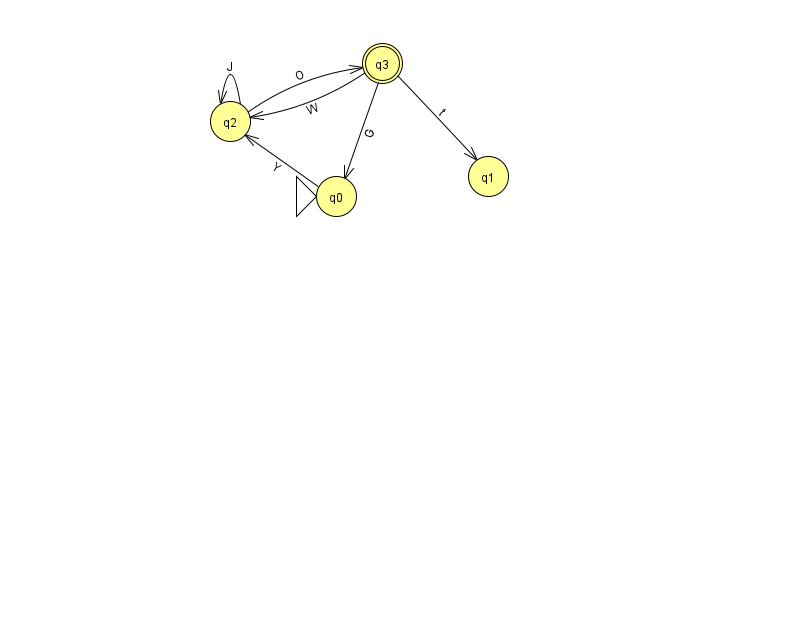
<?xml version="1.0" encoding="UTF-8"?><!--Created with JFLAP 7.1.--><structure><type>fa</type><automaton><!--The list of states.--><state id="0" name="q0"><x>336.0</x><y>183.0</y><initial/></state><state id="1" name="q1"><x>488.0</x><y>163.0</y></state><state id="2" name="q2"><x>230.0</x><y>108.0</y></state><state id="3" name="q3"><x>382.0</x><y>50.0</y><final/></state><!--The list of transitions.--><transition><from>3</from><to>2</to><read>W</read></transition><transition><from>3</from><to>1</to><read>t</read></transition><transition><from>3</from><to>0</to><read>G</read></transition><transition><from>2</from><to>3</to><read>O</read></transition><transition><from>2</from><to>2</to><read>J</read></transition><transition><from>0</from><to>2</to><read>Y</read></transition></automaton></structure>